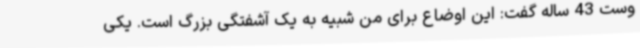
وست 43 ساله گفت: این اوضاع برای من شبیه به یک آشفتگی بزرگ است. یکی